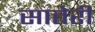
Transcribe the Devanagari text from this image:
सातेरी